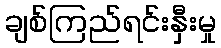
ချစ်ကြည်ရင်းနှီးမှု